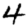
Digit: 4